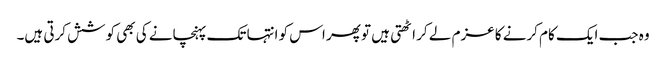
وہ جب ایک کام کرنے کا عزم لے کر اٹھتی ہیں تو پھر اس کو انتہا تک پہنچانے کی بھی کوشش کرتی ہیں۔